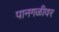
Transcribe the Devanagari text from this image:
पानगळीवर